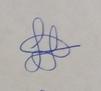
Signature authenticity: genuine